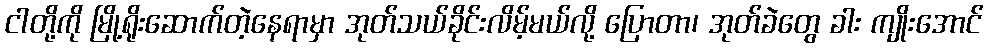
ငါတို့ကို မြို့ရိုးဆောက်တဲ့နေရာမှာ အုတ်သယ်ခိုင်းလိမ့်မယ်လို့ ပြောတာ၊ အုတ်ခဲတွေ ခါး ကျိုးအောင်